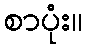
စာပုံး။